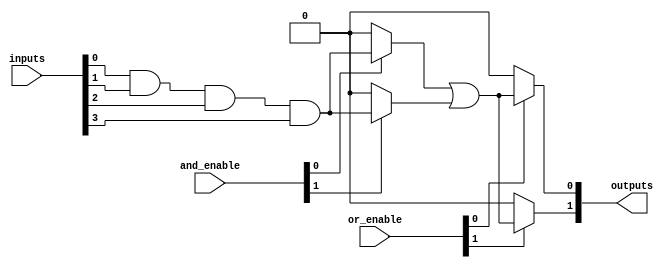
module programmable_logic_array #(
    parameter NUM_INPUTS = 4,       // Number of inputs
    parameter NUM_AND_GATES = 4,     // Number of AND gates
    parameter NUM_OR_GATES = 2        // Number of OR gates
)(
    input wire [NUM_INPUTS-1:0] inputs, // Input signals
    input wire [NUM_AND_GATES-1:0] and_enable, // Control signals for AND gates
    input wire [NUM_OR_GATES-1:0] or_enable,   // Control signals for OR gates
    output wire [NUM_OR_GATES-1:0] outputs // Output signals
);

    // Internal wires for product terms
    wire [NUM_AND_GATES-1:0] product_terms;

    // AND Plane
    genvar i;
    generate
        for (i = 0; i < NUM_AND_GATES; i = i + 1) begin : and_gate
            assign product_terms[i] = and_enable[i] ? (inputs[0] & inputs[1] & inputs[2] & inputs[3]) : 1'b0; // Example: all inputs ANDed
        end
    endgenerate

    // OR Plane
    wire [NUM_OR_GATES-1:0] or_terms;

    generate
        for (i = 0; i < NUM_OR_GATES; i = i + 1) begin : or_gate
            assign or_terms[i] = or_enable[i] ? (product_terms[0] | product_terms[1]) : 1'b0; // Example: OR of first two product terms
        end
    endgenerate

    // Final Outputs
    assign outputs = or_terms;

endmodule